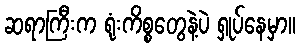
ဆရာကြီးက ရုံးကိစ္စတွေနဲ့ပဲ ရှုပ်နေမှာ။